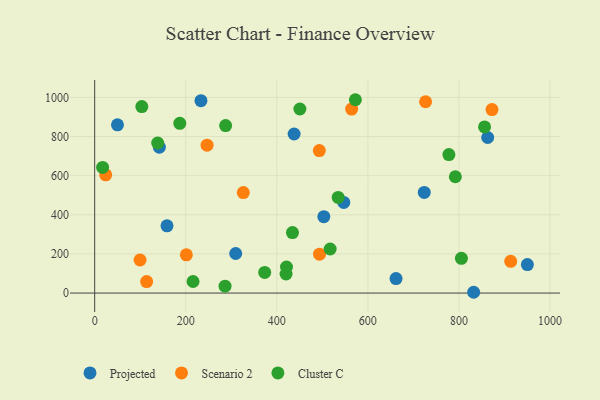
{"axis": {"x": "Study Hours", "y": "Demand"}, "legend": ["Cluster C", "Projected", "Scenario 2"], "data": [{"x": "50.0", "y": 860.0, "type": "Projected"}, {"x": "547.1", "y": 463.5, "type": "Projected"}, {"x": "950.4", "y": 145.5, "type": "Projected"}, {"x": "233.4", "y": 983.5, "type": "Projected"}, {"x": "158.8", "y": 343.7, "type": "Projected"}, {"x": "438.0", "y": 812.9, "type": "Projected"}, {"x": "863.2", "y": 795.1, "type": "Projected"}, {"x": "832.4", "y": 4.0, "type": "Projected"}, {"x": "142.0", "y": 745.6, "type": "Projected"}, {"x": "723.9", "y": 514.6, "type": "Projected"}, {"x": "309.7", "y": 202.3, "type": "Projected"}, {"x": "661.9", "y": 73.9, "type": "Projected"}, {"x": "503.3", "y": 390.4, "type": "Projected"}, {"x": "564.4", "y": 940.5, "type": "Scenario 2"}, {"x": "913.8", "y": 162.2, "type": "Scenario 2"}, {"x": "493.8", "y": 198.6, "type": "Scenario 2"}, {"x": "114.1", "y": 58.7, "type": "Scenario 2"}, {"x": "326.4", "y": 513.5, "type": "Scenario 2"}, {"x": "872.7", "y": 937.7, "type": "Scenario 2"}, {"x": "24.1", "y": 604.5, "type": "Scenario 2"}, {"x": "99.6", "y": 168.9, "type": "Scenario 2"}, {"x": "201.3", "y": 195.3, "type": "Scenario 2"}, {"x": "493.4", "y": 728.2, "type": "Scenario 2"}, {"x": "246.8", "y": 755.7, "type": "Scenario 2"}, {"x": "726.8", "y": 977.9, "type": "Scenario 2"}, {"x": "138.4", "y": 767.1, "type": "Cluster C"}, {"x": "778.0", "y": 707.6, "type": "Cluster C"}, {"x": "216.0", "y": 59.1, "type": "Cluster C"}, {"x": "420.3", "y": 97.3, "type": "Cluster C"}, {"x": "373.4", "y": 105.6, "type": "Cluster C"}, {"x": "572.6", "y": 988.2, "type": "Cluster C"}, {"x": "805.5", "y": 177.6, "type": "Cluster C"}, {"x": "287.6", "y": 856.1, "type": "Cluster C"}, {"x": "186.9", "y": 867.7, "type": "Cluster C"}, {"x": "792.2", "y": 594.4, "type": "Cluster C"}, {"x": "856.4", "y": 849.2, "type": "Cluster C"}, {"x": "517.2", "y": 225.1, "type": "Cluster C"}, {"x": "17.4", "y": 642.4, "type": "Cluster C"}, {"x": "103.5", "y": 953.2, "type": "Cluster C"}, {"x": "534.8", "y": 488.9, "type": "Cluster C"}, {"x": "450.7", "y": 940.9, "type": "Cluster C"}, {"x": "434.4", "y": 309.2, "type": "Cluster C"}, {"x": "421.3", "y": 133.1, "type": "Cluster C"}, {"x": "286.3", "y": 35.2, "type": "Cluster C"}]}